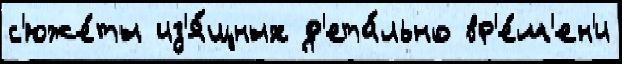
с'юже́ты из'я́щных д'ета́льно вр'е́м'ен'и